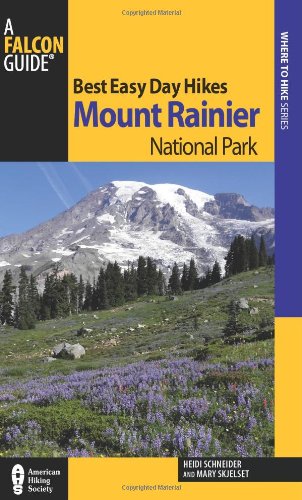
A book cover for Best Easy Day Hikes Mount Rainier National Park (Best Easy Day Hikes Series); Heidi Schneider; Travel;